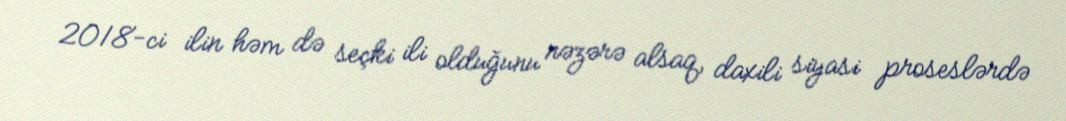
2018-ci ilin həm də seçki ili olduğunu nəzərə alsaq, daxili siyasi proseslərdə